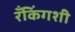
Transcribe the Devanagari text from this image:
रँकिंगशी